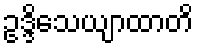
ဥဒ္ဒိသေယျာထာတိ